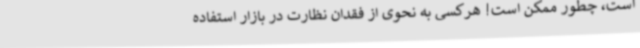
است، چطور ممکن است! هرکسی به نحوی از فقدان نظارت در بازار استفاده